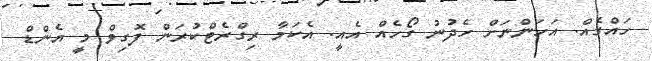
ހައްގެއް. އަހަންނަށް ހެދުނު ގޯހެއް އެއީ. އެކަމާ ރިގްރެޓްކުރަން ފޮގިވް މީ އެންޑް